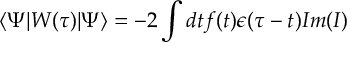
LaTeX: \left< \Psi | W ( \tau ) | \Psi \right> = - 2 \int d t f ( t ) \epsilon ( \tau - t ) I m ( I )